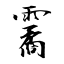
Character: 霱